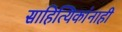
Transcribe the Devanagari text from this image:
साहित्यिकांनाही